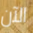
الآن